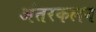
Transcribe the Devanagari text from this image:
अंतरकलन